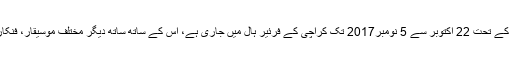
سید جمال شاہ کے آرٹ ورک کی نمائش بینال ٹرسٹ کے تحت 22 اکتوبر سے 5 نومبر2017 تک کراچی کے فرئیر ہال میں جاری ہے، اس کے ساتھ ساتھ دیگر مختلف موسیقار، فنکار اور شاعر اپنی تخلیق پیش کرنے میں مصروف ہیں۔